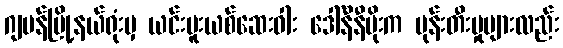
ဂျပန်မြို့နယ်ရုံးမှ ယင်းမူးယစ်ဆေးဝါး ဒေါ်နီနီမိုးက မုန်းတီးမှုများလည်း